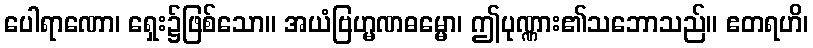
ပေါရာဏော၊ ရှေး၌ဖြစ်သော။ အယံဗြဟ္မဏဓမ္မော၊ ဤပုဏ္ဏား၏သဘောသည်။ ဧတရဟိ၊